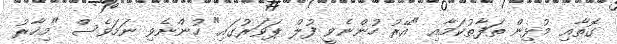
ގޮތާއި މުޅިން ތަފާތުކަމާއި "އޭރު ހުންނެވީ ފުލް ޕަވަރުގައި" ހުންނެވި ނަމަވެސް "މިހާރު